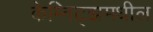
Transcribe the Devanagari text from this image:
केम्निट्झमधील